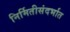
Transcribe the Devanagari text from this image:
निर्मितीसंदर्भात